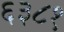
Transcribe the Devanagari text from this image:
६३८१